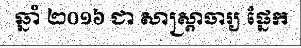
ឆ្នាំ ២០១៦ ជា សាស្ត្រាចារ្យ ផ្នែក